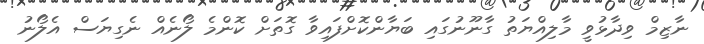
ނާޒިމް ވިދާޅުވީ މާލިއްޔަތު ގާނޫނުގައި ބަޔާންކޮށްފައިވާ ގޮތަށް ކޮންމެ ލޯނެއް ނެގިޔަސް އެލޯނު